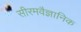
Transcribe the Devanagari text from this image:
सीरमवैज्ञानिक